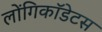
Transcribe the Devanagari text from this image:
लोंगिकॉडेटस